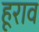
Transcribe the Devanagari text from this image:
हूराव